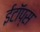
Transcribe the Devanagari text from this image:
ईटॉप्स